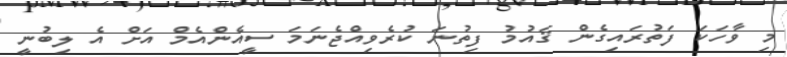
މި ވާހަކަ ފަތުރައިގެން ޤައުމު ފިތުނަ ކުރެވިއްޖެނަމަ ސީއެންއެމް އަށް އެ ލިބުނީ